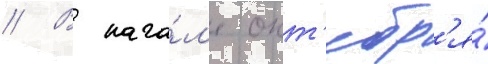
// В нача́л'е окт'ябр'я́